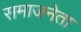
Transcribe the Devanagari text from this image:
समाजनेता